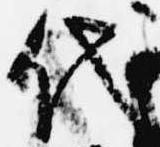
代